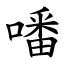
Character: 噃